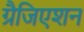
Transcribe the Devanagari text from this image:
ग्रैजिएशन